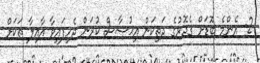
2- އެންމެ ބޮޑަށް ގެދޮރުގެ ދަތިކަން އިޙުސާސް ކުރަން ޖެހިފައިވާ އާއިލާ ތަކަށް